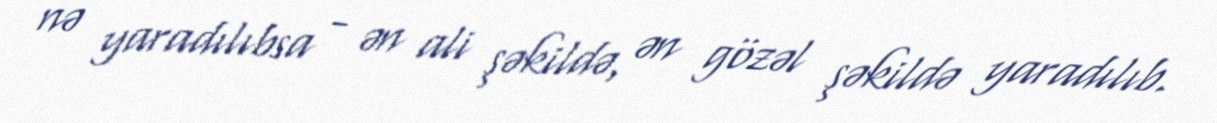
nə yaradılıbsa - ən ali şəkildə, ən gözəl şəkildə yaradılıb.